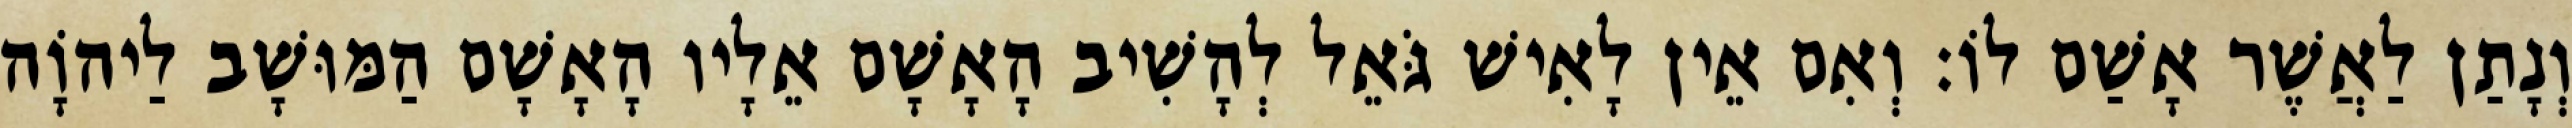
וְנָתַן לַאֲשֶׁר אָשַׁם לוֹ׃ וְאִם אֵין לָאִישׁ גֹּאֵל לְהָשִׁיב הָאָשָׁם אֵלָיו הָאָשָׁם הַמּוּשָׁב לַיהוָֹה